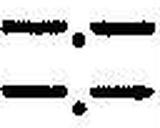
—.—